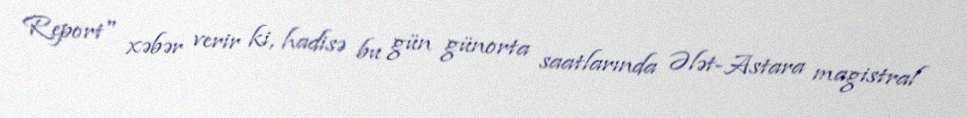
Report" xəbər verir ki, hadisə bu gün günorta saatlarında Ələt-Astara magistral